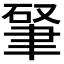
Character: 𱻿